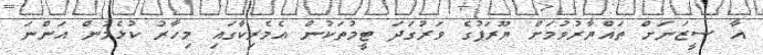
އާ ސީޒަނަށް ތައްޔާރުވުމަށް ޔޫރަޕުގެ ވަރުގަދަ ޓީމުތަކުން އެމެރިކާގައި މިހާރު ކުޅެމުން އަންނަ